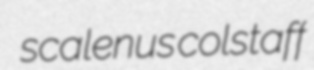
scalenus colstaff